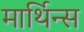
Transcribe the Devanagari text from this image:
मार्थिन्स